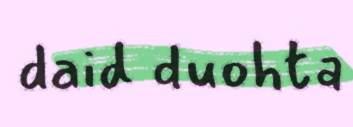
daid duohta